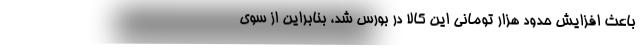
باعث افزایش حدود هزار تومانی این کالا در بورس شد، بنابراین از سوی